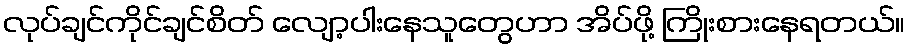
လုပ်ချင်ကိုင်ချင်စိတ် လျော့ပါးနေသူတွေဟာ အိပ်ဖို့ ကြိုးစားနေရတယ်။